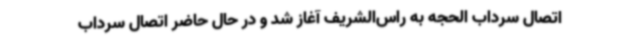
اتصال سرداب الحجه به راس‌الشریف آغاز شد و در حال حاضر اتصال سرداب